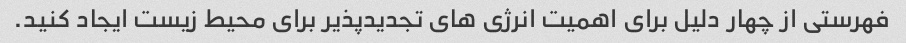
فهرستی از چهار دلیل برای اهمیت انرژی های تجدیدپذیر برای محیط زیست ایجاد کنید.